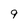
Character: 9